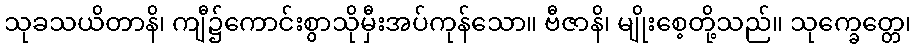
သုခသယိတာနိ၊ ကျီ၌ကောင်းစွာသိုမှီးအပ်ကုန်သော။ ဗီဇာနိ၊ မျိုးစေ့တို့သည်။ သုက္ခေတ္တေ၊